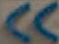
W